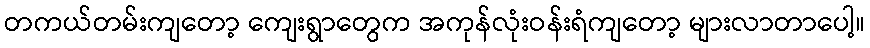
တကယ်တမ်းကျတော့ ကျေးရွာတွေက အကုန်လုံးဝန်းရံကျတော့ များလာတာပေါ့။